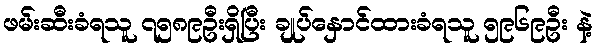
ဖမ်းဆီးခံရသူ ၇၅၈၉ဦးရှိပြီး ချုပ်နှောင်ထားခံရသူ ၅၉၆၉ဦး နဲ့